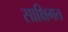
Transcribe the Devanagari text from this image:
साक्षिगत